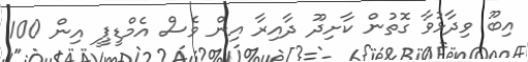
އިބޫ ވިދާޅުވާ ގޮތުން ކާށިދޫ ދާއިރާ އިން ވެސް އެމްޑީޕީ އިން 100